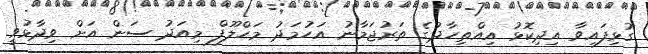
ގުޅިފައިވާ އިދިކޮޅު އިއްތިހާދުގެ ތަރުޖަމާނު އަހުމަދު މަހްލޫފް މިއަދު ސަން އަށް ވިދާޅުވީ